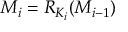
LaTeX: M _ { i } = R _ { K _ { i } } ( M _ { i - 1 } )